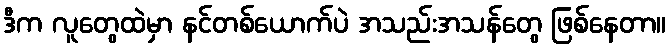
ဒီက လူတွေထဲမှာ နင်တစ်ယောက်ပဲ အသည်းအသန်တွေ ဖြစ်နေတာ။